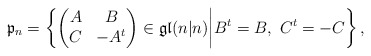
\begin{align*}\mathfrak{p}_n=\left\{\begin{pmatrix}A&B\\C&-A^t\end{pmatrix}\in\mathfrak{gl}(n|n)\middle|B^t=B,\ C^t=-C\right\},\end{align*}